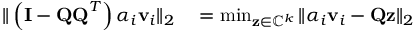
\begin{array} { r l } { \| \left( \mathbf { I } - \mathbf { Q Q } ^ { T } \right) \alpha _ { i } \mathbf { v } _ { i } \| _ { 2 } } & { { } = \operatorname* { m i n } _ { \mathbf { z } \in \mathbb { C } ^ { k } } \| \alpha _ { i } \mathbf { v } _ { i } - \mathbf { Q z } \| _ { 2 } } \end{array}